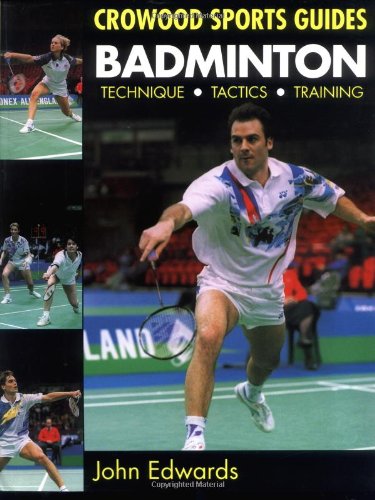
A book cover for Badminton (Crowood Sports Guides); John Edwards; Sports & Outdoors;